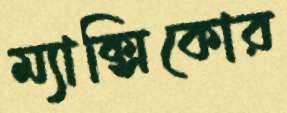
ম্যাক্সিকোর